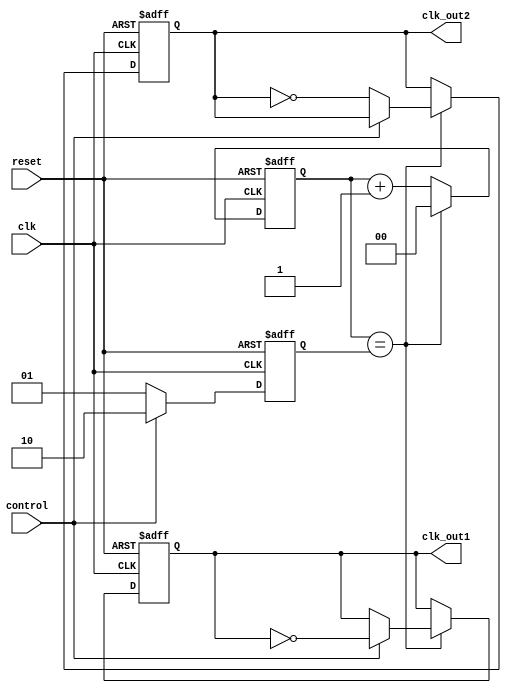
module dual_modulus_clock_divider(
    input wire clk,
    input wire reset,
    input wire control,
    output reg clk_out1,
    output reg clk_out2
);

reg [1:0] count;
reg [1:0] modulus_value;

always @(posedge clk or posedge reset) begin
    if (reset) begin
        count <= 2'b0;
        clk_out1 <= 1'b0;
        clk_out2 <= 1'b0;
    end else begin
        if (count == modulus_value) begin
            count <= 2'b0;
            if (control) begin
                clk_out1 <= ~clk_out1;
            end else begin
                clk_out2 <= ~clk_out2;
            end
        end else begin
            count <= count + 1;
        end
    end
end

always @(posedge clk or posedge reset) begin
    if (reset) begin
        modulus_value <= 2'b01; // default modulus value
    end else begin
        if (control) begin
            modulus_value <= 2'b10; // switch to second modulus value
        end else begin
            modulus_value <= 2'b01; // switch back to default modulus value
        end
    end
end

endmodule